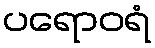
ပရောဝရံ